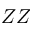
Z Z